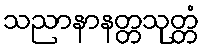
သညာနာနတ္တသုတ္တံ